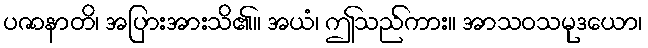
ပဇာနာတိ၊ အပြားအားသိ၏။ အယံ၊ ဤသည်ကား။ အာသဝသမုဒယော၊